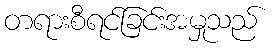
တရားစီရင်ခြင်းအမှုသည်